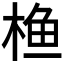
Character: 𮲵